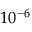
1 0 ^ { - 6 }